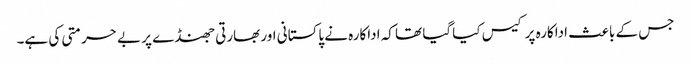
جس کے باعث اداکارہ پر کیس کیا گیا تھا کہ اداکارہ نے پاکستانی اور بھارتی جھنڈے پر بے حرمتی کی ہے۔